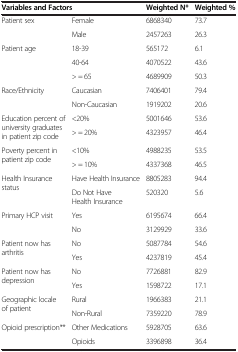
<table><thead><tr><td colspan="2"><b>Variables and Factors</b></td><td><b>Weighted N*</b></td><td><b>Weighted %</b></td></tr></thead><tbody><tr><td rowspan="2">Patient sex</td><td>Female</td><td>6868340</td><td>73.7</td></tr><tr><td>Male</td><td>2457263</td><td>26.3</td></tr><tr><td rowspan="3">Patient age</td><td>18-39</td><td>565172</td><td>6.1</td></tr><tr><td>40-64</td><td>4070522</td><td>43.6</td></tr><tr><td>&gt; = 65</td><td>4689909</td><td>50.3</td></tr><tr><td rowspan="2">Race/Ethnicity</td><td>Caucasian</td><td>7406401</td><td>79.4</td></tr><tr><td>Non-Caucasian</td><td>1919202</td><td>20.6</td></tr><tr><td rowspan="2">Education percent of university graduates in patient zip code</td><td>&lt;20%</td><td>5001646</td><td>53.6</td></tr><tr><td>&gt; = 20%</td><td>4323957</td><td>46.4</td></tr><tr><td rowspan="2">Poverty percent in patient zip code</td><td>&lt;10%</td><td>4988235</td><td>53.5</td></tr><tr><td>&gt; = 10%</td><td>4337368</td><td>46.5</td></tr><tr><td rowspan="2">Health Insurance status</td><td>Have Health Insurance</td><td>8805283</td><td>94.4</td></tr><tr><td>Do Not Have Health Insurance</td><td>520320</td><td>5.6</td></tr><tr><td rowspan="2">Primary HCP visit</td><td>Yes</td><td>6195674</td><td>66.4</td></tr><tr><td>No</td><td>3129929</td><td>33.6</td></tr><tr><td rowspan="2">Patient now has arthritis</td><td>No</td><td>5087784</td><td>54.6</td></tr><tr><td>Yes</td><td>4237819</td><td>45.4</td></tr><tr><td rowspan="2">Patient now has depression</td><td>No</td><td>7726881</td><td>82.9</td></tr><tr><td>Yes</td><td>1598722</td><td>17.1</td></tr><tr><td rowspan="2">Geographic locale of patient</td><td>Rural</td><td>1966383</td><td>21.1</td></tr><tr><td>Non-Rural</td><td>7359220</td><td>78.9</td></tr><tr><td rowspan="2">Opioid prescription**</td><td>Other Medications</td><td>5928705</td><td>63.6</td></tr><tr><td>Opioids</td><td>3396898</td><td>36.4</td></tr></tbody></table>